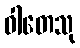
ဝါတေသု